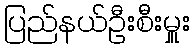
ပြည်နယ်ဦးစီးမှူး